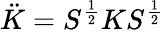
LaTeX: \ddot{K}=S^{\frac{1}{2}}KS^{\frac{1}{2}}